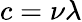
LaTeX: c=\nu\lambda